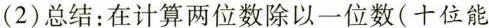
(2)总结：在计算两位数除以一位数(十位能